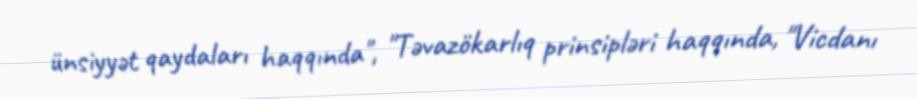
ünsiyyət qaydaları haqqında", "Təvazökarlıq prinsipləri haqqında, "Vicdanı